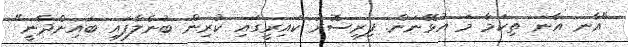
"އާނ އާނ ތިކަމާ މަ އުޅޭނަން. ފިރިސޮރު ކައިރީގައި ކުރިން ބުނެލާފައި ބައިންދާނީ"